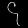
Digit: ၄